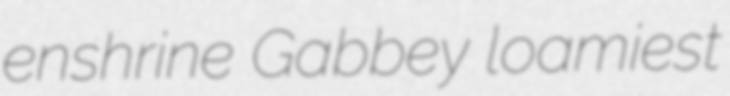
enshrine Gabbey loamiest